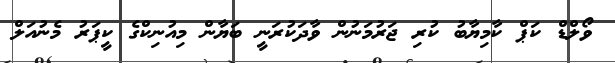
ވޯލްޑް ކަޕް ކާމިޔާބު ކުރި ޖަރުމަނުން ވާދަކުރަނީ ބަޔާން މިއުނިކްގެ ކީޕަރު މެނުއަލް